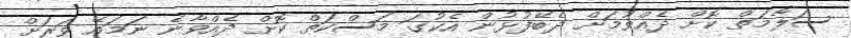
ސަލާމަތް ކޮށް ދެއްވުމަށް ދެބޭފުޅުން އެކުގަ މަސްކަތް ކޮށް ދެއްވާނެ ނަމައޭ ވަރަށް